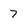
Character: 7